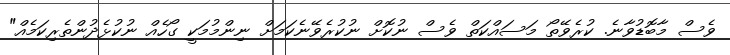
ވެސް މާބޮޑުވާނެ. ކުރެވޭތޯ މަސައްކަތް ވެސް ނުކޮށް ނުކުރެވޭނެކަމަށް ނިންމުމަކީ ގޯހެއް ނުކުޅެދުންތެރިކަމެއް"